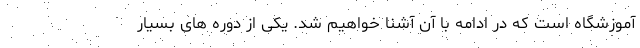
آموزشگاه است که در ادامه با آن آشنا خواهیم شد. یکی از دوره های بسیار